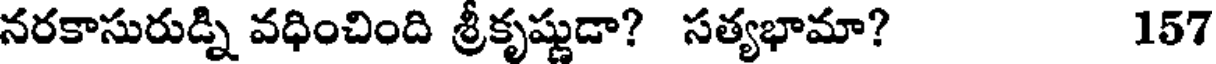
నరకాసురుడ్ని వధించింది శ్రీకృష్ణుడా? సత్యభామా? 157